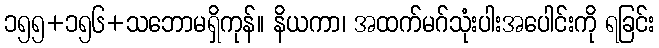
၁၅၅+၁၅၆+သဘောမရှိကုန်။ နိယကာ၊ အထက်မဂ်သုံးပါးအပေါင်းကို ရခြင်း